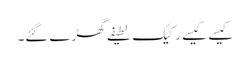
کیسے کیسے رکیک لطیفے گھڑے گئے۔